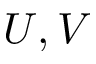
U , V